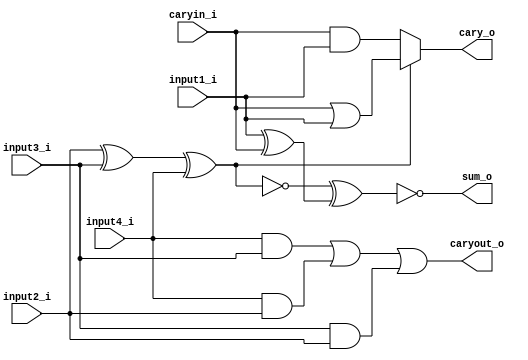
module comparasor4_2(
input caryin_i,
input input1_i,
input input2_i,
input input3_i,
input input4_i,

output sum_o,
output cary_o,
output caryout_o
                    );
                    
wire s1=~(input2_i^input3_i^input4_i);
wire s2= input1_i^caryin_i;
assign sum_o=~(s1^s2);
assign cary_o= s1 ? caryin_i & input1_i  : caryin_i |input1_i;
assign caryout_o= (input4_i&input3_i) | (input4_i&input2_i) | (input3_i&input2_i);                                
                                 
endmodule